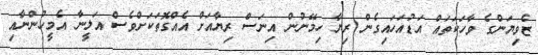
ޒެވިޔަންގެ ވާހަކަތައް އަޑުއަހައިގެން ރިޔާ ހިމޭނުން އިނަސް ރިޔާއަށް އެއްގޮތަކަށްވެސް އަލީނާ އެމީހުންނާއި